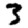
Digit: 3